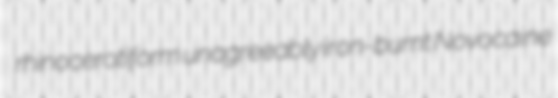
rhinocerotiform unagreeably iron-burnt Novocaine